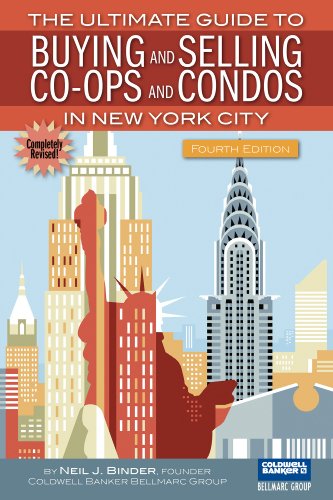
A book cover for The Ultimate Guide to Buying and Selling Co-ops and Condos in New York City; Neil J. Binder; Business & Money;